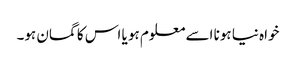
خواہ نیا ہونا اسے معلوم ہو یا اس کا گمان ہو۔